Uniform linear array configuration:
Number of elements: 64
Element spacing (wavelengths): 0.25
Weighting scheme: kaiser
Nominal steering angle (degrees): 60
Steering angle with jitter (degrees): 61.591
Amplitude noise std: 0.05
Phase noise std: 0.05

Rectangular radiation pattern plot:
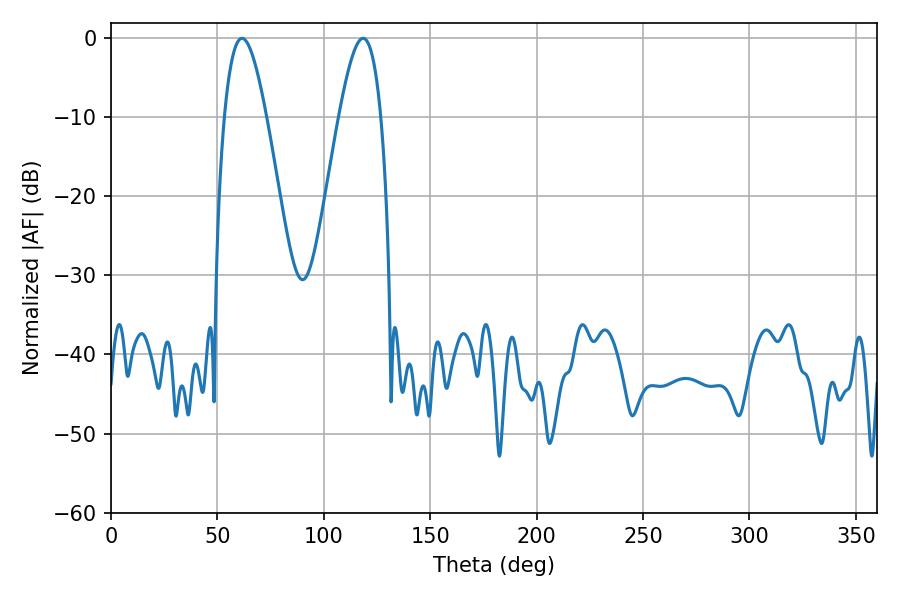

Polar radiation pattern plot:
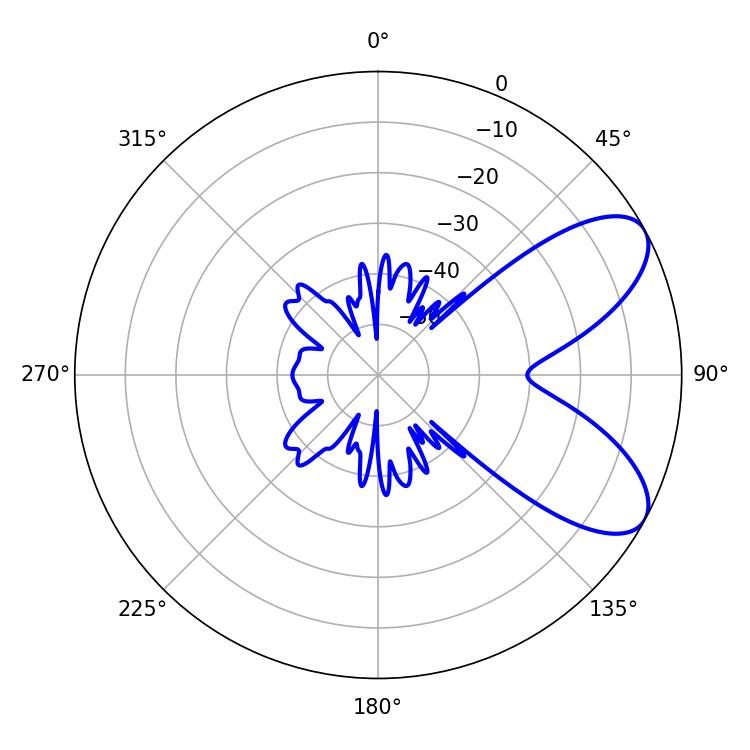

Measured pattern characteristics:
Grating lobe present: FALSE
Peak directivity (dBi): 7.465
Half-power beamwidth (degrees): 10.62
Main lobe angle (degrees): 61.56